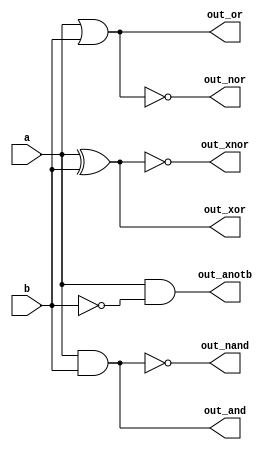
module top_module( 
    input a, b,
    output out_and,
    output out_or,
    output out_xor,
    output out_nand,
    output out_nor,
    output out_xnor,
    output out_anotb
);
     and logic1(out_and, a, b);
      or logic2(out_or, a, b);
     xor logic3(out_xor, a,b);
    nand logic4(out_nand, a,b);
    nor logic5(out_nor, a, b);
    xnor logic6(out_xnor, a, b);
    and logic7(out_anotb, a, ~b);
    

endmodule